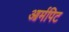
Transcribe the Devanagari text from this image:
आर्मपिट